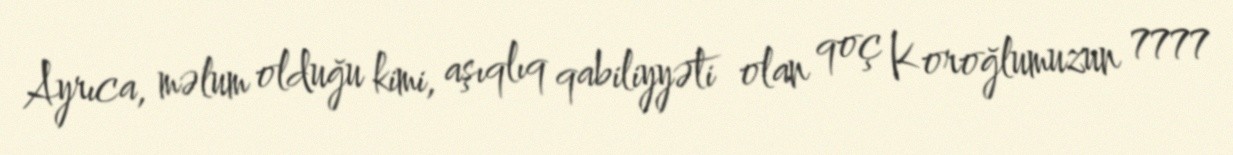
Ayrıca, məlum olduğu kimi, aşıqlıq qabiliyyəti olan qoç Koroğlumuzun 7777